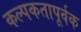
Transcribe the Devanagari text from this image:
कल्पकतापूर्वक